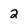
Character: 2